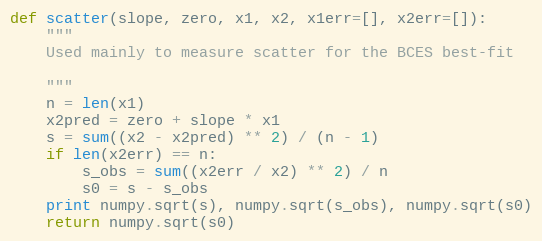
Language: Python
def scatter(slope, zero, x1, x2, x1err=[], x2err=[]):
    """
    Used mainly to measure scatter for the BCES best-fit

    """
    n = len(x1)
    x2pred = zero + slope * x1
    s = sum((x2 - x2pred) ** 2) / (n - 1)
    if len(x2err) == n:
        s_obs = sum((x2err / x2) ** 2) / n
        s0 = s - s_obs
    print numpy.sqrt(s), numpy.sqrt(s_obs), numpy.sqrt(s0)
    return numpy.sqrt(s0)